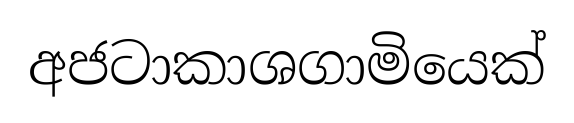
අජටාකාශගාමියෙක්